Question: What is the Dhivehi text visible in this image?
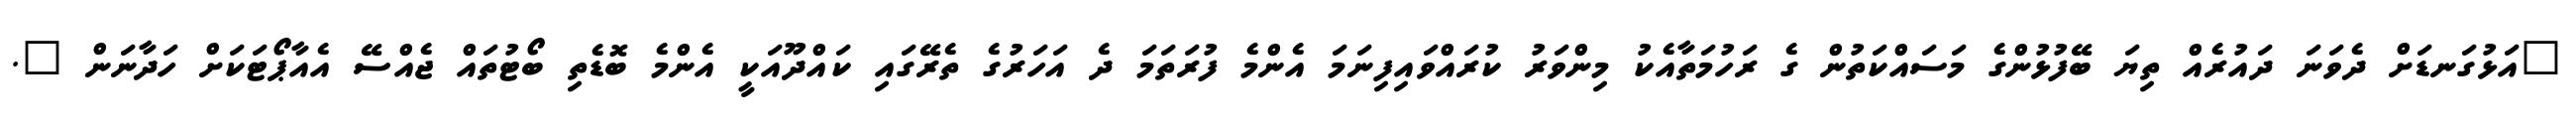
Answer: "އަޅުގަނޑަށް ދެވަނަ ދައުރެއް ތިޔަ ބޭފުޅުންގެ މަސައްކަތުން ގެ ރަހުމަތާއެކު މިންވަރު ކުރައްވައިފިނަމަ އެންމެ ފުރަތަމަ ދެ އަހަރުގެ ތެރޭގައި ކައްދޫއަކީ އެންމެ ބޮޑެތި ބޯޓުތައް ޖެއްސޭ އެއާޕޯޓަކަށް ހަދާނަން ".